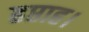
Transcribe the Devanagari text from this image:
हप्ताह।